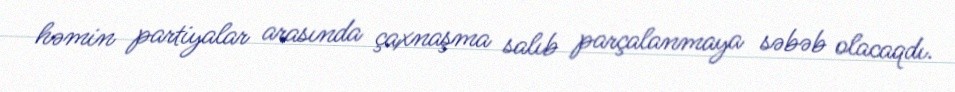
həmin partiyalar arasında çaxnaşma salıb parçalanmaya səbəb olacaqdı.